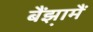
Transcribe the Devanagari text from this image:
बैंझ़ामैं